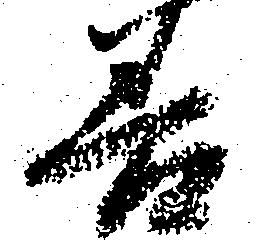
善